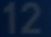
12